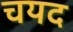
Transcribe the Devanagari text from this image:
चयद